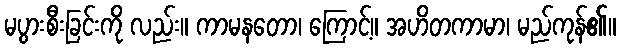
မပွားစီးခြင်းကို လည်း။ ကာမနတော၊ ကြောင့်။ အဟိတကာမာ၊ မည်ကုန်၏။